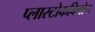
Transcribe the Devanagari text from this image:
प्लास्टोकविनोन